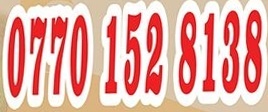
0770 152 8138